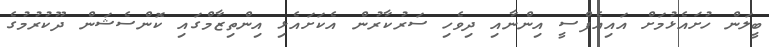
ބީލަން ހުށައެޅުމަށް އައިއެފްސީ އިންނާއި ދިވެހި ސަރުކާރުން އެކަށައެޅި އިންތިޒާމްގައި ކޮންސެޝަން ދޫކުރުމުގެ